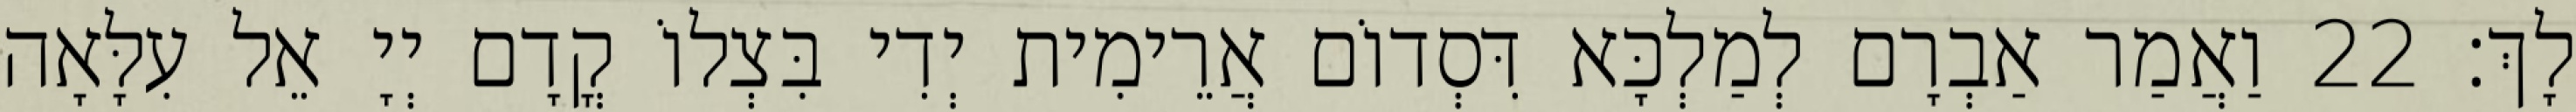
לָךְ׃ 22 וַאֲמַר אַבְרָם לְמַלְכָּא דִּסְדוֹם אֲרֵימִית יְדִי בִּצְלוֹ קֳדָם יְיָ אֵל עִלָּאָה